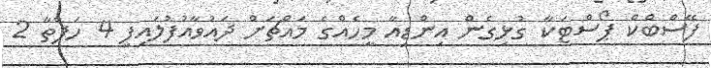
ފޭސްބްކް ޕޯސްޓަކާ ގުޅިގެން އިންޑިއާ މީހެއްގެ މައްޗަށް ދައުވާއުފުލައިފި 4 ހަފްތާ 2